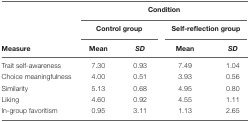
|  | <COLSPAN=4> Condition |
 |  | <COLSPAN=2> Control group | <COLSPAN=2> Self-reflection group |
 | Measure | Mean | SD | Mean | SD |
 | --- | --- | --- | --- | --- |
 | Trait self-awareness | 7.30 | 0.93 | 7.49 | 1.04 |
 | Choice meaningfulness | 4.00 | 0.51 | 3.93 | 0.56 |
 | Similarity | 5.13 | 0.68 | 4.95 | 0.80 |
 | Liking | 4.60 | 0.92 | 4.55 | 1.11 |
 | In-group favoritism | 0.95 | 3.11 | 1.13 | 2.65 |